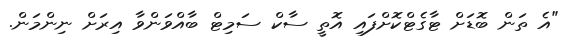
"އެ ތަން ބޮޑަށް ޓާގެޓްކޮށްފައި އޮތީ ސާކް ސަމިޓް ބާއްވަންވާ އިރަށް ނިންމަން.